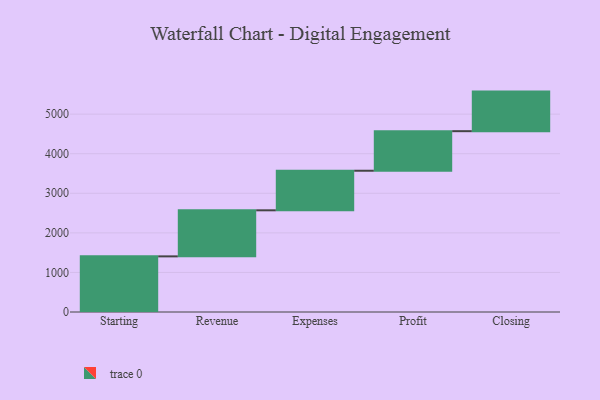
{"axis": {"x": "Step", "y": "Value"}, "legend": [""], "data": [{"x": "Starting", "y": 1406.0, "type": ""}, {"x": "Revenue", "y": 1164.0, "type": ""}, {"x": "Expenses", "y": 1000, "type": ""}, {"x": "Profit", "y": 1000, "type": ""}, {"x": "Closing", "y": 1000, "type": ""}]}